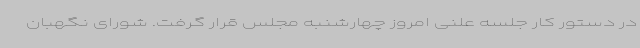
در دستور کار جلسه علنی امروز چهارشنبه مجلس قرار گرفت. شورای نگهبان